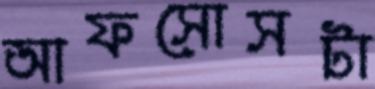
আফসোসটা